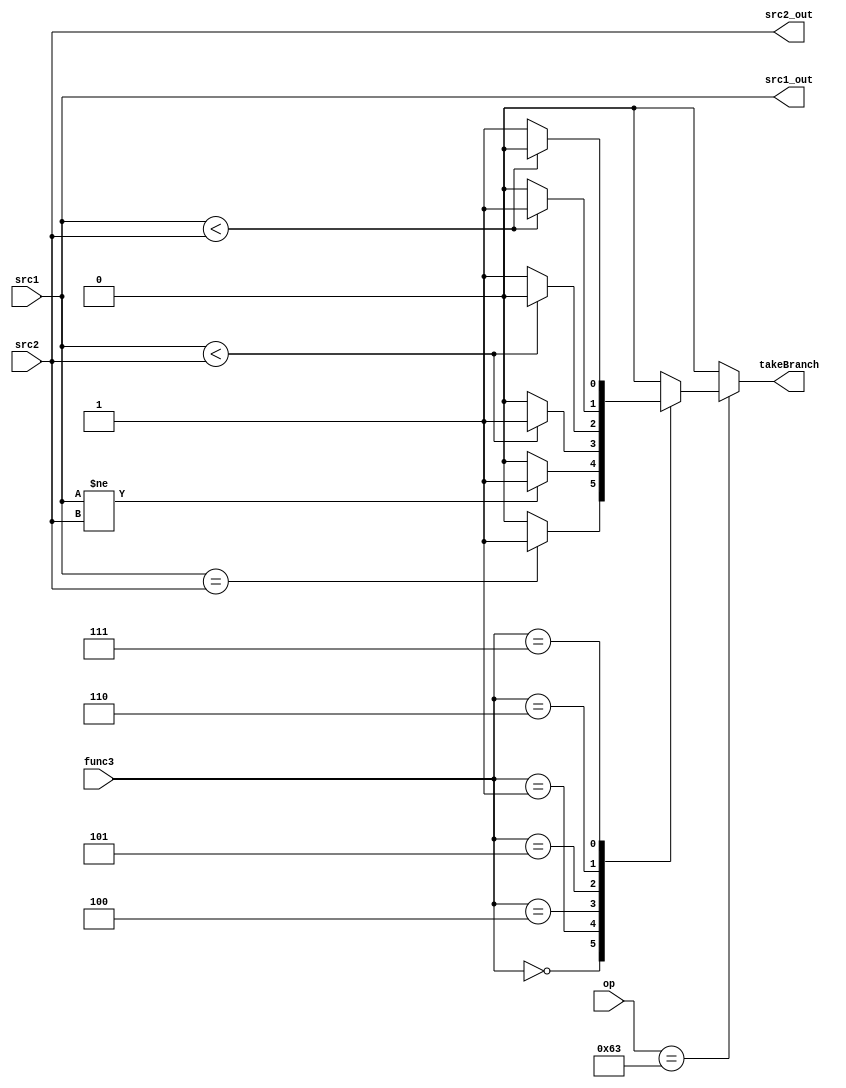
module cmp_unit(
    input [31:0] src1,
    input [31:0] src2,
    input [6:0] op,
    input [2:0] func3,
    output reg [31:0] src1_out,
    output reg [31:0] src2_out,
    output reg takeBranch
);
    always@*begin
        if(op == 7'b1100011)begin
            case(func3)
                3'b000:
                    begin
                        src1_out = src1;
                        src2_out = src2;
                        takeBranch = src1==src2?1:0;
                    end
                3'b001:
                    begin
                        src1_out = src1;
                        src2_out = src2;
                        takeBranch = src1!=src2?1:0;
                    end
                3'b100:
                    begin
                        src1_out = src1;
                        src2_out = src2;
                        takeBranch = $signed(src1)<$signed(src2)?1:0;
                    end
                3'b101:
                    begin
                        src1_out = src1;
                        src2_out = src2;
                        takeBranch = $signed(src1)<$signed(src2)?0:1;
                    end
                3'b110:
                    begin
                        src1_out = src1;
                        src2_out = src2;
                        takeBranch = $unsigned(src1)<$unsigned(src2)?1:0;
                    end
                3'b111:
                    begin
                        src1_out = src1;
                        src2_out = src2;
                        takeBranch = $unsigned(src1)<$unsigned(src2)?0:1;
                    end
                default:
                    begin
                        src1_out = src1;
                        src2_out = src2;
                        takeBranch = 0;
                    end
            endcase
        end
        else begin
            src1_out = src1;
            src2_out = src2;
            takeBranch = 0;
        end
    end

endmodule